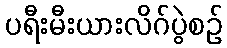
ပရီးမီးယားလိဂ်ပွဲစဉ်